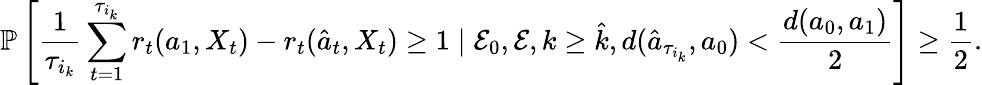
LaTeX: \mathbb{P}\left[\frac{1}{\tau_{i_{k}}}\sum_{t=1}^{\tau_{i_{k}}}r_{t}(a_{1},X_{t})-r_{t}(\hat{a}_{t},X_{t})\geq 1\mid\mathcal{E}_{0},\mathcal{E},k\geq\hat{k},d(\hat{a}_{\tau_{i_{k}}},a_{0})<\frac{d(a_{0},a_{1})}{2}\right]\geq\frac{1}{2}.